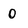
Character: 0